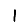
Digit: 1